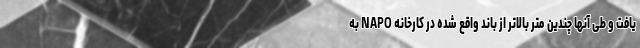
یافت و طی آنها چندین متر بالاتر از باند واقع شده در کارخانه NAPO به